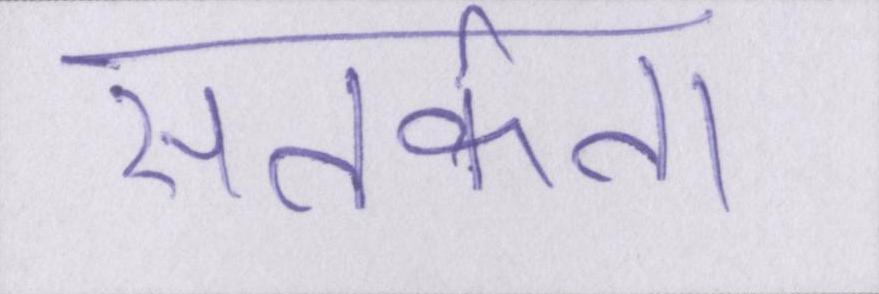
सतर्कता